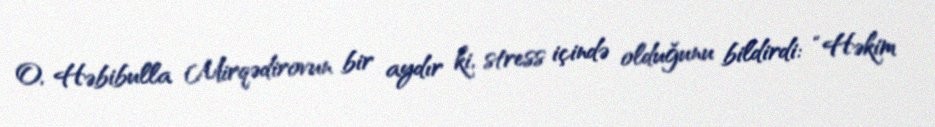
O, Həbibulla Mirqədirovun bir aydır ki, stress içində olduğunu bildirdi: “Həkim